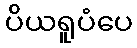
ပိယရူပံပေ